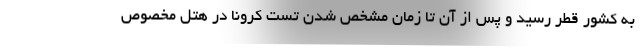
به کشور قطر رسید و پس از آن تا زمان مشخص شدن تست کرونا در هتل مخصوص